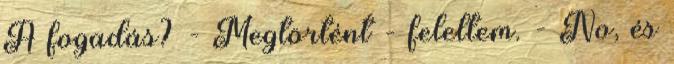
A fogadás? - Megtörtént - feleltem. - No, és